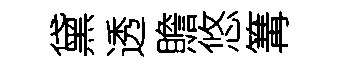
黛透贍悠篝